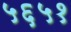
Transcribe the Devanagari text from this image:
५६५१